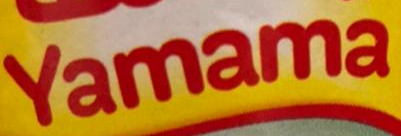
Yamama